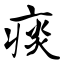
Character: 痰